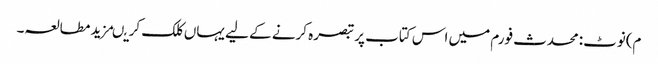
م)نوٹ:محدث فورم میں اس کتاب پر تبصرہ کرنے کے لیے یہاں کلک کریںمزید مطالعہ۔